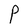
Character: P